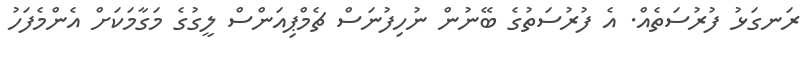
ރަނގަޅު ފުރުސަތެއް. އެ ފުރުސަތުގެ ބޭނުން ނުހިފުނަސް ޗެމްޕިއަންސް ލީގުގެ މަގާމަކަށް އެންމެފަހު